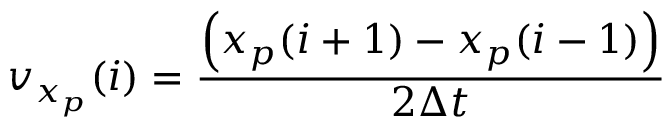
v _ { x _ { p } } ( i ) = \frac { \left( x _ { p } ( i + 1 ) - x _ { p } ( i - 1 ) \right) } { 2 \Delta t }